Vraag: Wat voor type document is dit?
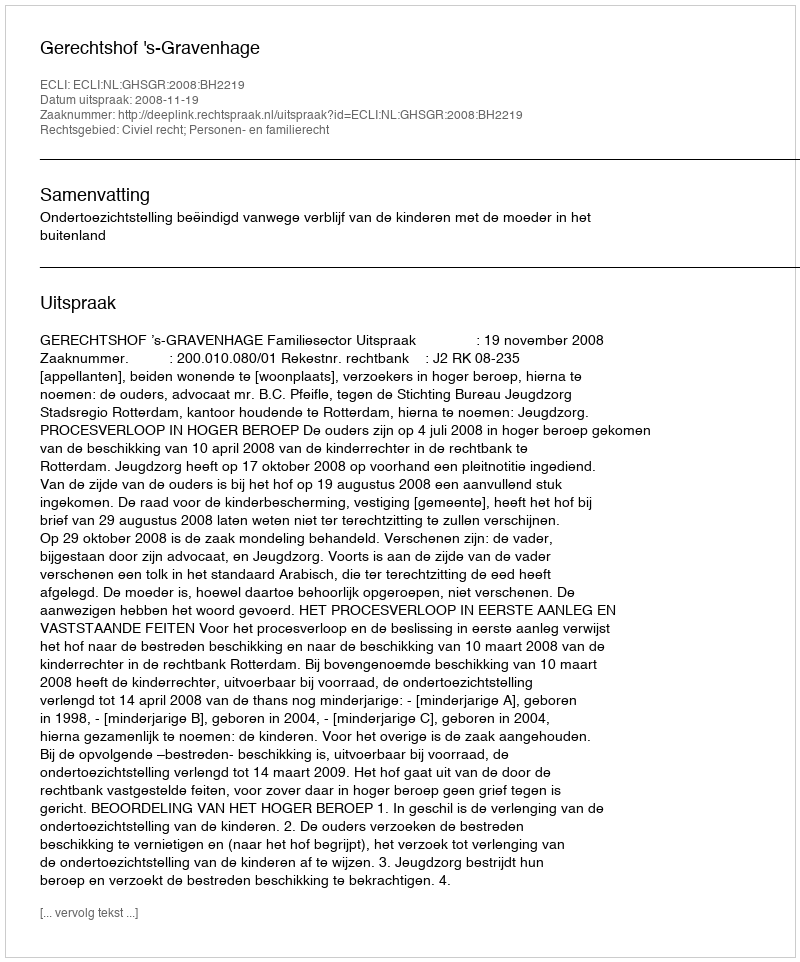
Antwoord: Uitspraak